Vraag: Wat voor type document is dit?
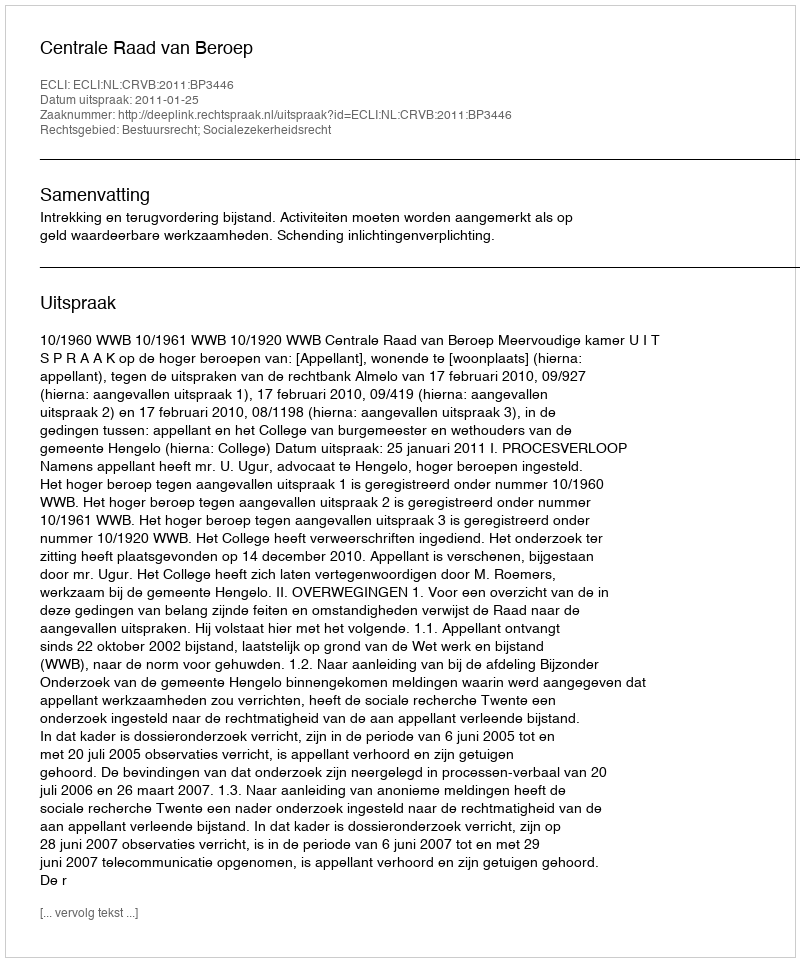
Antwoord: Uitspraak